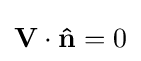
\mathbf {V} \cdot \mathbf {\hat {n}} =0